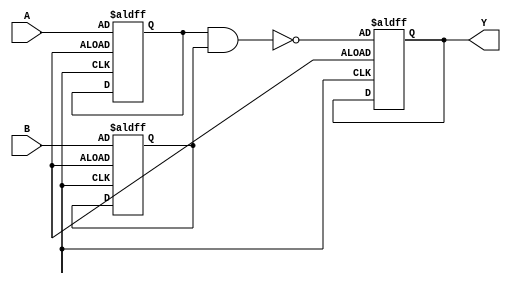
module NAND_Delay(
  input wire A,
  input wire B,
  output wire Y
);

  wire sync_A;
  wire sync_B;

  // Synchronization flip-flops
  always @ (posedge clock or negedge reset) begin
    if (reset == 1'b0) begin
      sync_A <= A;
      sync_B <= B;
    end
  end

  // Timing control logic
  always @ (posedge clock or negedge reset) begin
    if (reset == 1'b0) begin
      Y <= ~(sync_A & sync_B);
    end
  end

endmodule